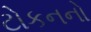
ટોકનનો